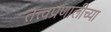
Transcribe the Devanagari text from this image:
तत्त्वप्रणालीच्या